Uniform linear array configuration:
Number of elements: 48
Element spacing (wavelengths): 0.5
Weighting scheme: cosine
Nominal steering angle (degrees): -45
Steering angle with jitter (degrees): -44.891
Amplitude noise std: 0.05
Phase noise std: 0.05

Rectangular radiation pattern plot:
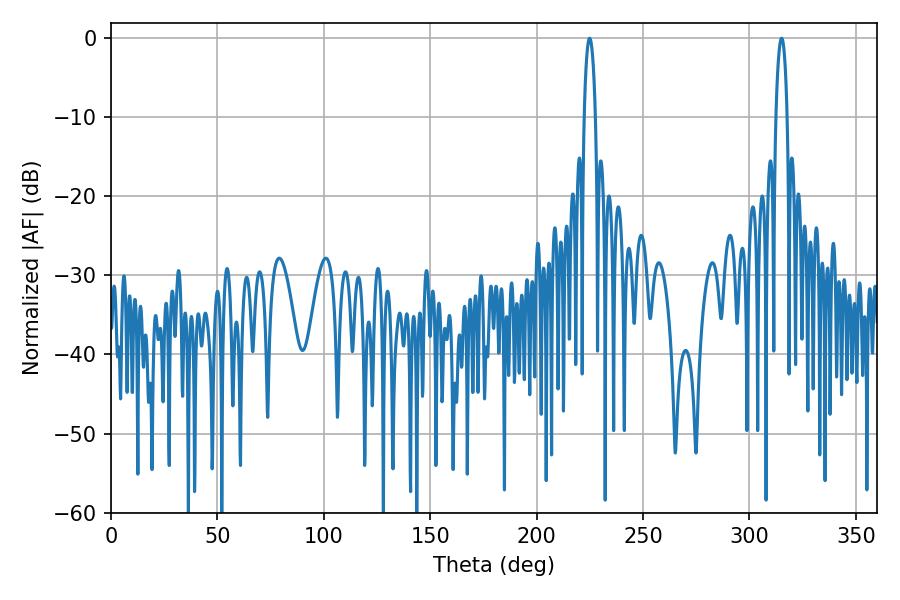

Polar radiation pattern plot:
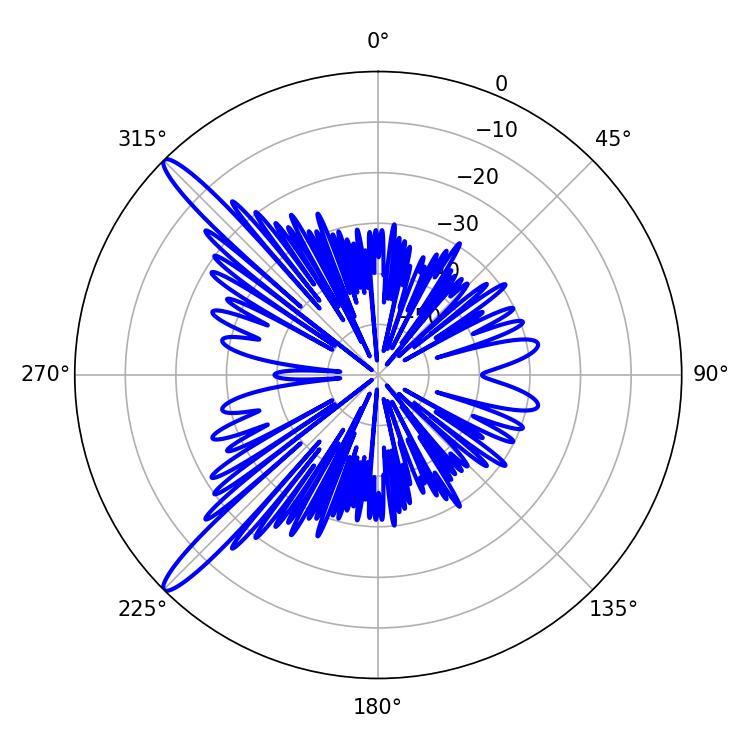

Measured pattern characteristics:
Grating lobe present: FALSE
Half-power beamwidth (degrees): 3.06
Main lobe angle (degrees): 224.82